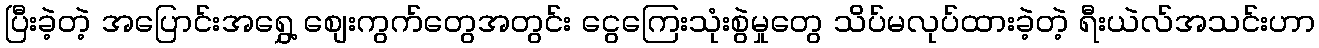
ပြီးခဲ့တဲ့ အပြောင်းအရွှေ့ စျေးကွက်တွေအတွင်း ငွေကြေးသုံးစွဲမှုတွေ သိပ်မလုပ်ထားခဲ့တဲ့ ရီးယဲလ်အသင်းဟာ